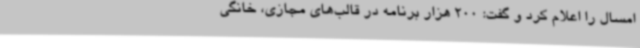
امسال را اعلام کرد و گفت: 200 هزار برنامه در قالب‌های مجازی، خانگی